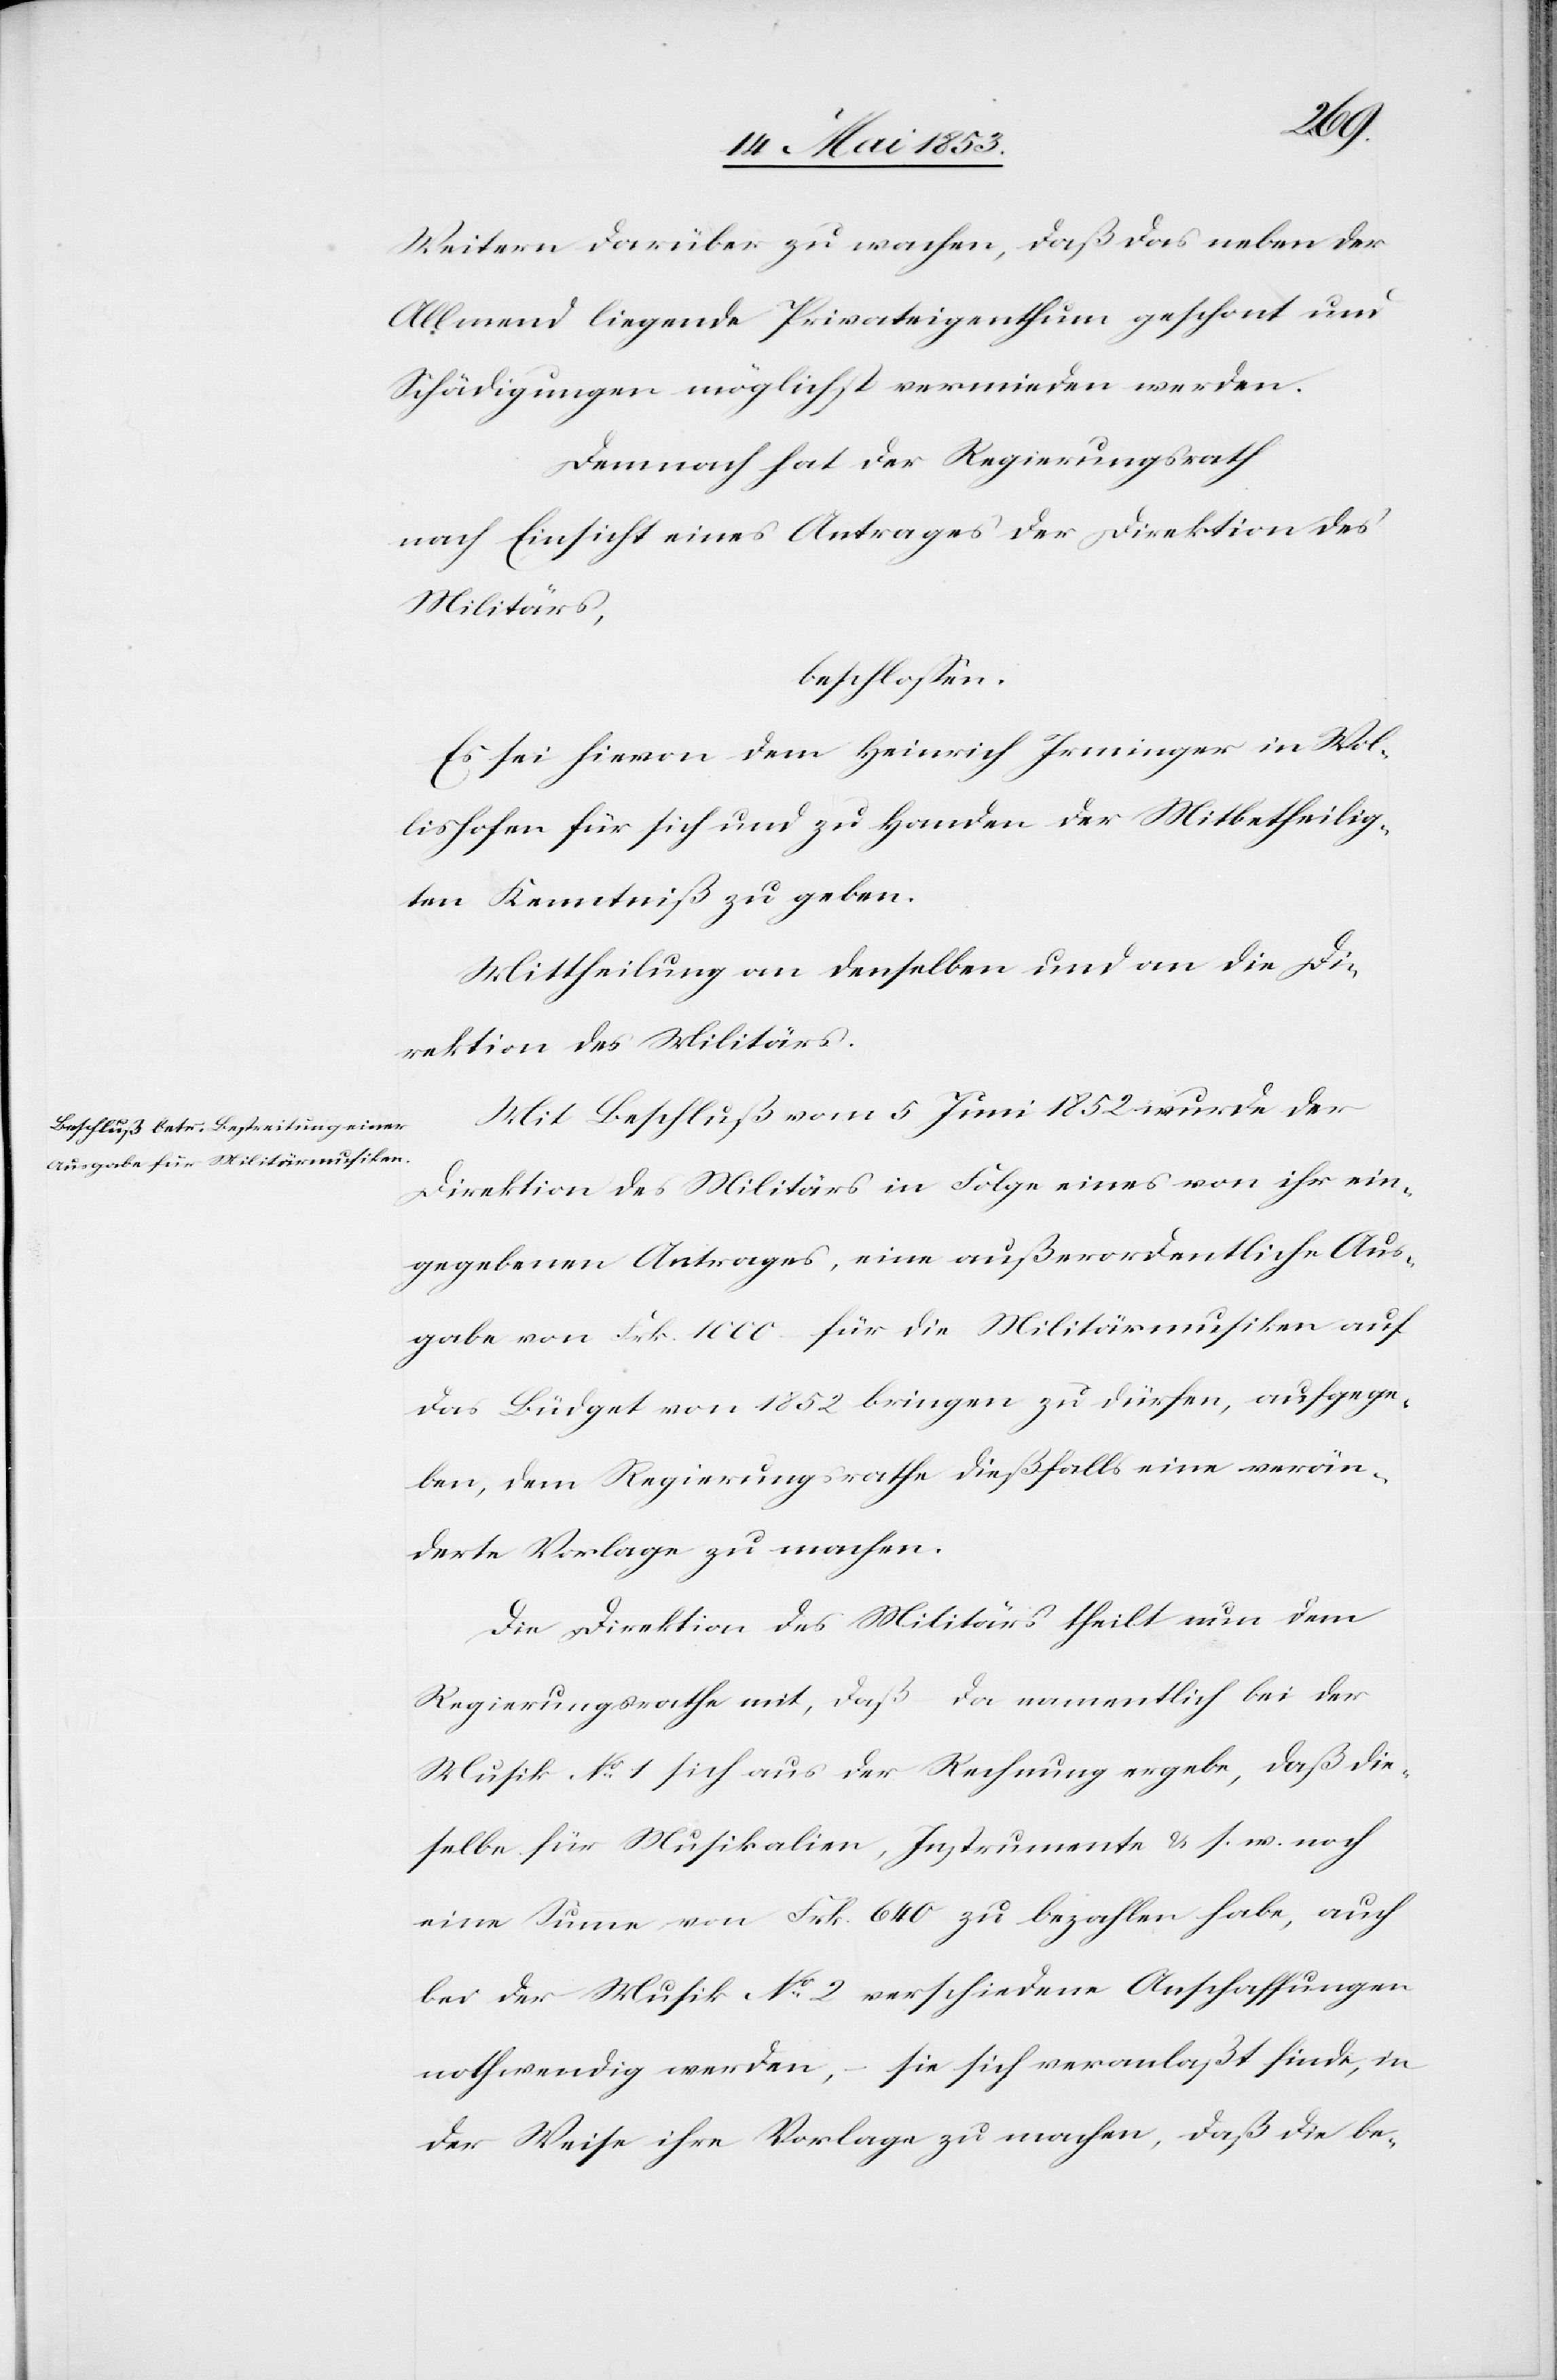
Weitern darüber zu wachen, daß das neben der
Allmend liegende Privateigenthum geschont und
Schädigungen möglichst vermieden werden.
Demnach hat der Regierungsrath
nach Einsicht eines Antrages der Direktion des
Militärs,
beschloßen:
Es sei hievon dem Heinrich Irminger in Wol¬
lishofen für sich und zu Handen der Mitbetheilig¬
ten Kenntniß zu geben.
Mittheilung an denselben und an die Di¬
rektion des Militärs.
Mit Beschluß vom 5 Juni 1852 wurde der
Direktion des Militärs in Folge eines von ihr ein¬
gegebenen Antrages, eine außerordentliche Aus¬
gabe von Frk. 1000 für die Militärmusiken auf
das Büdget von 1852 bringen zu dürfen, aufgege¬
ben, dem Regierungsrathe dießfalls eine verän¬
derte Vorlage zu machen.
Die Direktion des Militärs theilt nun dem
Regierungsrathe mit, daß da namentlich bei der
Musik N°. 1 sich aus der Rechnung ergebe, daß die¬
selbe für Musikalien, Instrumente u. s. w. noch
eine Summe von Frk. 640 zu bezahlen habe, auch
bei der Musik N°. 2 verschiedene Anschaffungen
nothwendig werden, – sie sich veranlaßt finde, in
der Weise ihre Vorlage zu machen, daß die be-